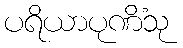
ပရိယာပုဏိံသု